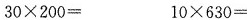
$$3 0 \times 2 0 0 =$$ $$1 0 \times 6 3 0 =$$